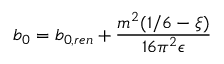
b _ { 0 } = b _ { 0 , r e n } + { \frac { m ^ { 2 } ( 1 / 6 - \xi ) } { 1 6 \pi ^ { 2 } \epsilon } }